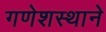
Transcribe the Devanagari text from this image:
गणेशस्थाने